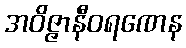
အဝိဇ္ဇာနီဝရဏေန